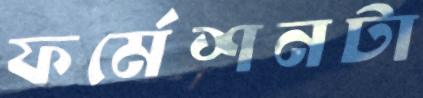
ফর্মেশনটা